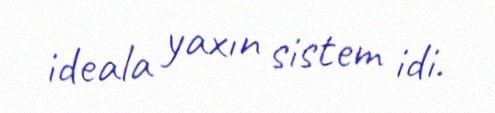
ideala yaxın sistem idi.